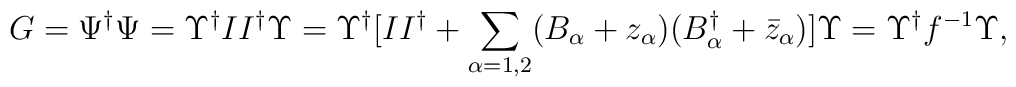
G=\Psi^\dag\Psi=\Upsilon^\dag II^\dag\Upsilon=\Upsilon^\dag[II^\dag+\sum_{\alpha=1,2}(B_\alpha+z_\alpha)(B_\alpha^\dag+\bar{z}_\alpha)]\Upsilon=\Upsilon^\dag f^{-1}\Upsilon,